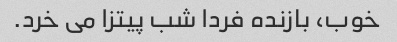
خوب، بازنده فردا شب پیتزا می خرد.